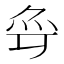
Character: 𱪶